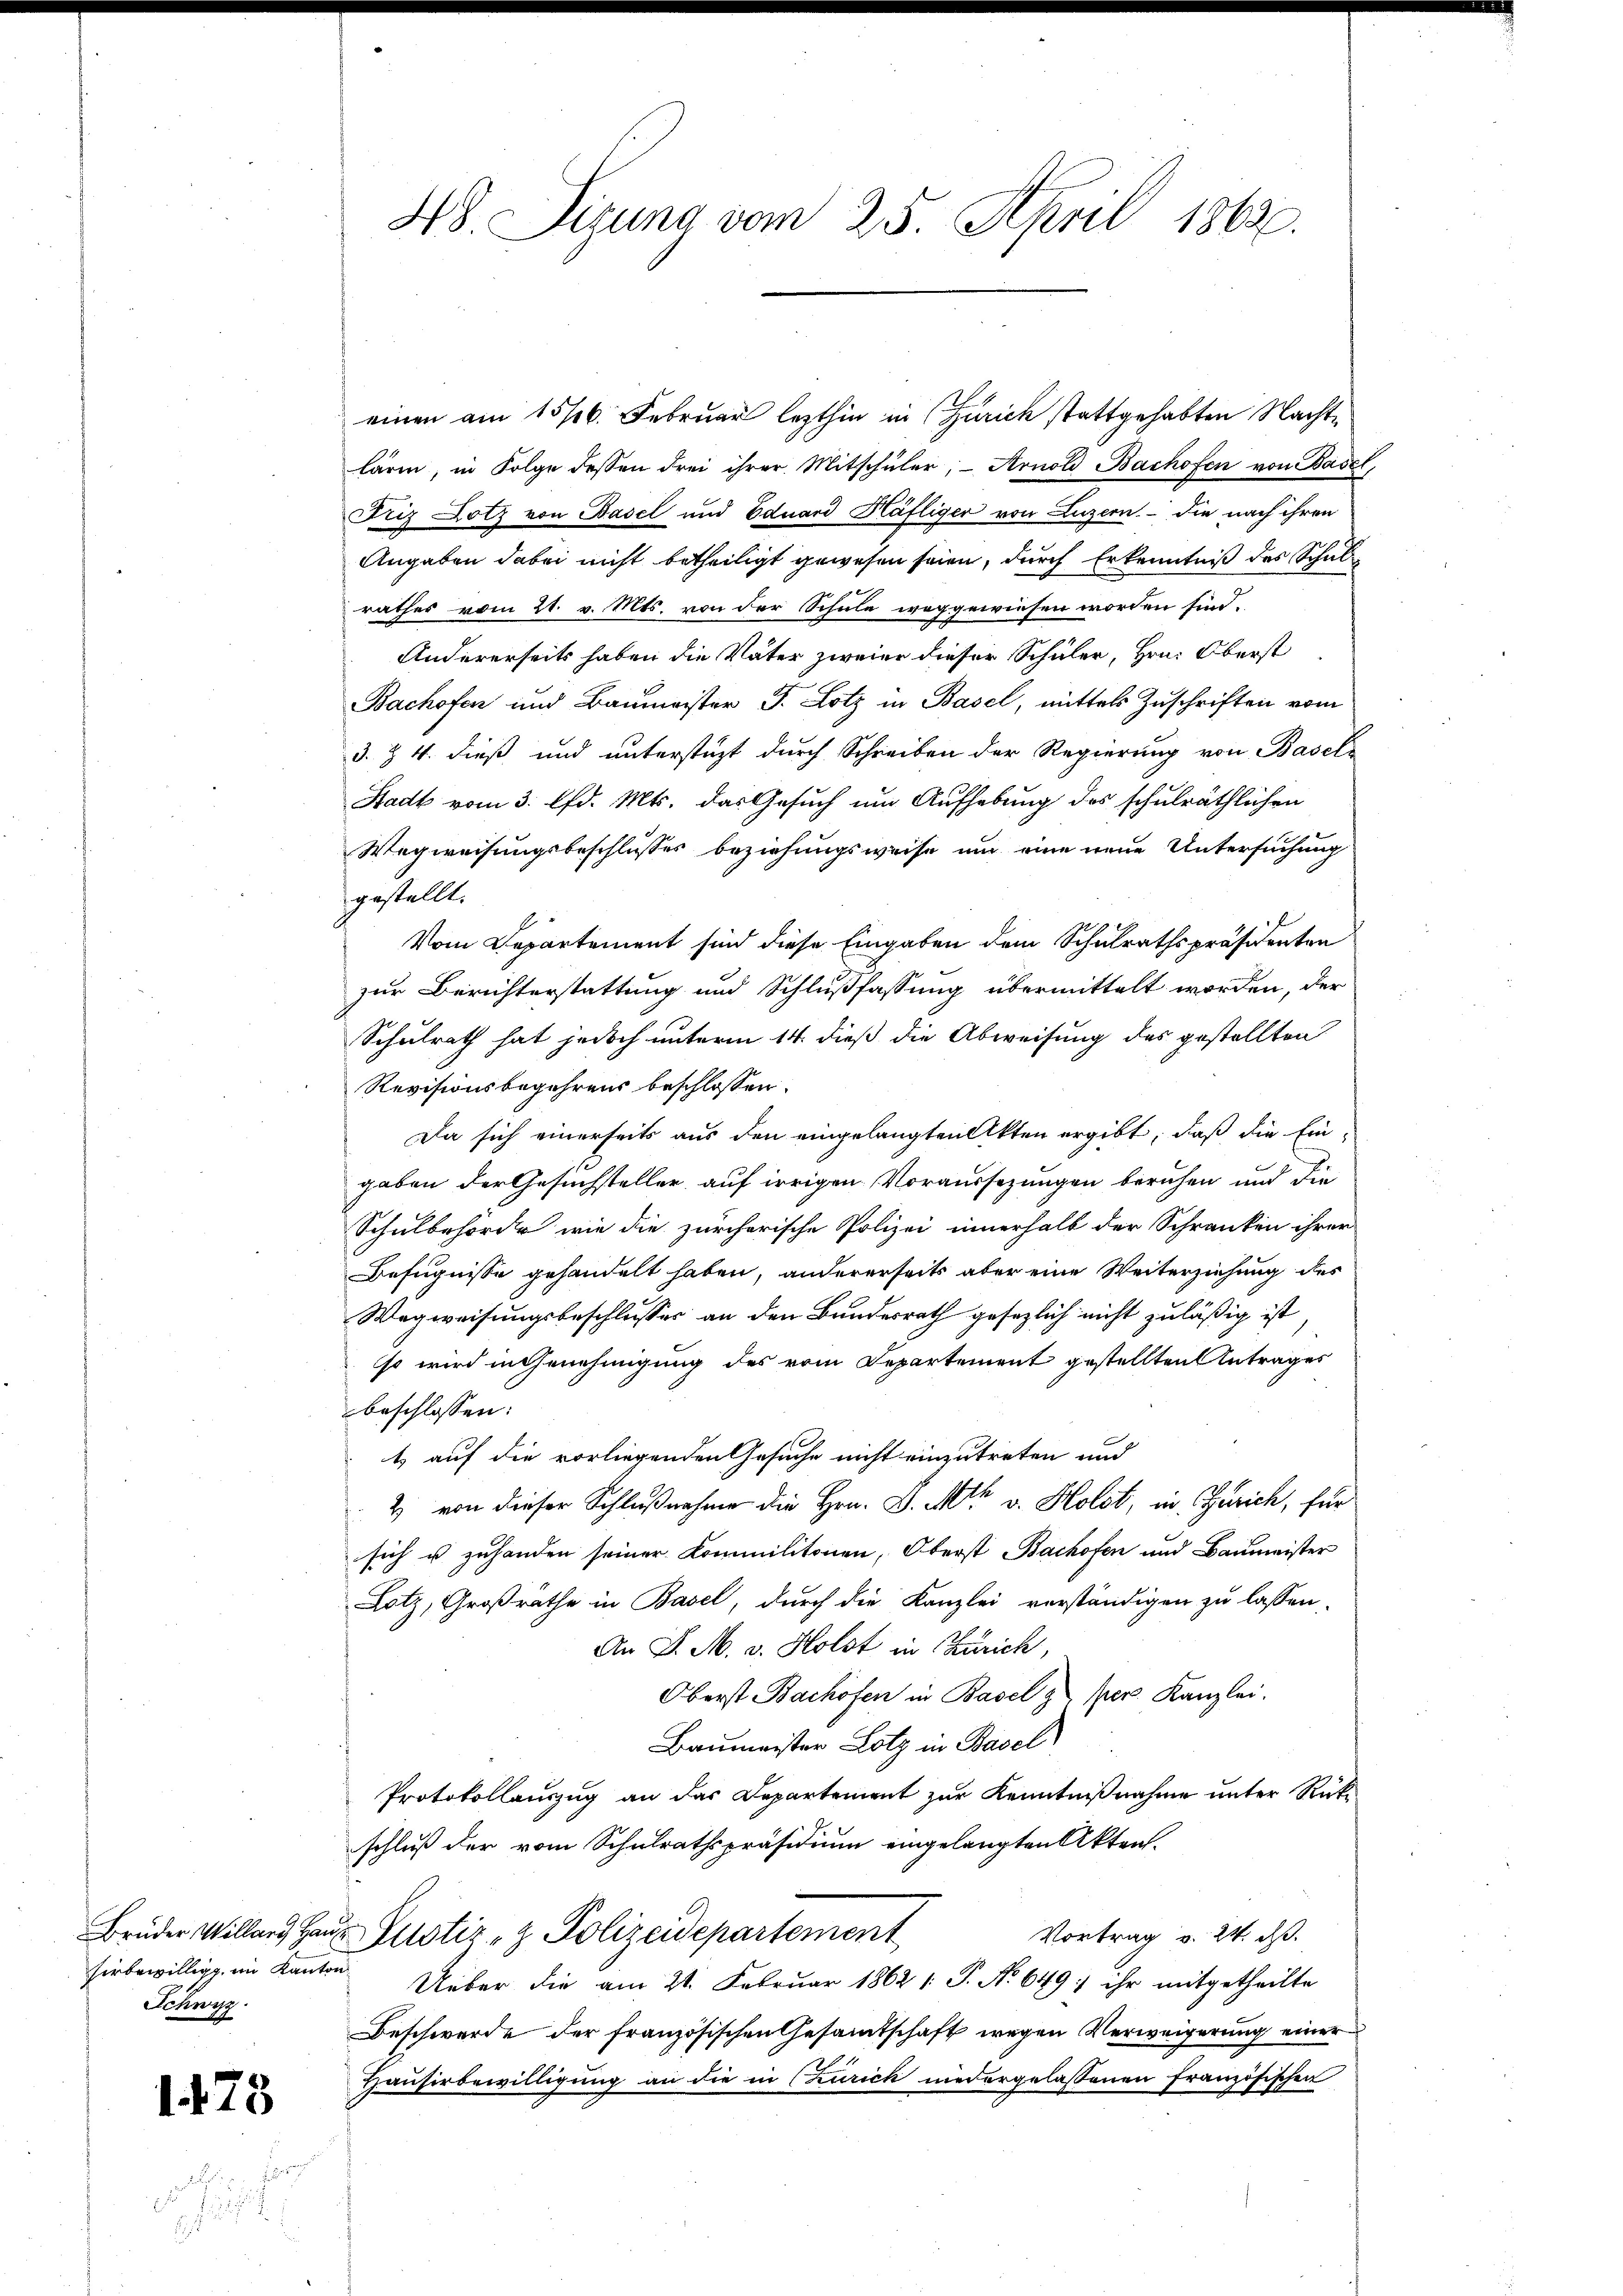
Schwyz.

1473

.

einen am 15/6. Februar lezthin in Zürich stattgehabten Nachte
lärm, in Folge dessen drei ihrer Mitschüler, Arnold Bachofen von Basel,
Friz Lotz von Basel und Eduard Häfliger von Luzern. Die nach ihren
Angaben dabei nicht betheiligt gewesen seien, durch Erkenntniß des Schul
rathes vom 21. v. Mts. von der Schule weggewiesen worden sind,
Andererseits haben die Väter zweier dieser Schüler, Hrn. Oberst
Bachofen und Baumeister J. Lotz in Basel, mittels Zuschriften vom
3. Z. 4. dieß und unterstüzt durch Schreiben der Regierung von Basels
Stadt vom 3. lfd. Mts. das Gesuch um Aufhebung des schulräthlichen
Wegweisungsbeschlusses beziehungsweise und eine neue Untersuchung
gestellt.
Vom Departement sind diese Eingaben dem Schulrathspräsidenten
zur Berichterstattung und Schlußfassung übermittelt worden, der
Schulrath hat jedoch unterm 14. dieß die Abweisung des gestellten
Revisionsbegehrens beschlossen:
Da sich einerseits aus den eingelangten Akten ergibt, daß die Ein-
gaben der Gesuchsteller auf irrigen Voraussezungen beruhen und die
Schulbehörde wie die zürcherische Polizei innerhalb der Schranken ihrer
Befugnisse gehandelt haben, andererseits aber eine Weiterziehung des
Wegweisungsbeschlusser an den Bundesrath gesezlich nicht zuläßig ist,
so wird in Genehmigung des vom Departement gestellten Antrages
beschlossen:
t auf die vorliegenden Gesuche nicht einzutreten und
2 von dieser Schlußnahme die Hrn. D. Mts. v. Holst, in Zürich, für
:
sich u zuhanden seiner Kommilitonen, Oberst Bachofen und Baumeister
Lotz, Großräthe in Basel, durch die Kanzlei verständigen zu lassen.
An P. M. v. Holst in Zürich,
Oberst Bachofen in Basel z per. Kanzlei.
Baumeister Lotz in Basel
Protokollauszug an das Departement zur Kenntnißnahme unter Rückschluß der vom Schulrathspräsidium eingelangten Akten.
Bruder Willars Haus Justiz- & Polizeidepartement
Vortrag v. 24. ds.
sirbewillig im Kanton Ueber die am 21. Februar 1862 1 S. No 649; ihr mitgetheilte
Beschwerde der französischen Gesammtschaft wegen Verweigerung einer
Hausirbewilligung an die in (zurich niedergelassenen französischen
a

48. Sigung vom 25. April 1863.